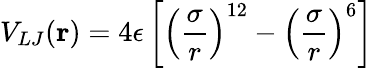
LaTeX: V_{LJ}(\mathbf r)=4\epsilon\left[\left(\frac{\sigma}{r}\right)^{12}-\left(\frac{\sigma}{r}\right)^{6}\right]